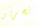
تحرير